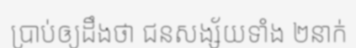
ប្រាប់ឲ្យដឹងថា ជនសង្ស័យទាំង ២នាក់